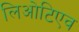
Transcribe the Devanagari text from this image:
लिओटिएव